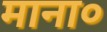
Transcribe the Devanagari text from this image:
माना०